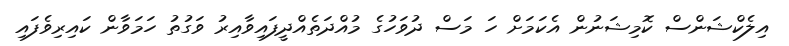
އިލެކްޝަންސް ކޮމިޝަނުން އެކަމަށް ހަ މަސް ދުވަހުގެ މުއްދަތެއްދީފައިވާއިރު ވަގުތު ހަމަވާން ކައިރިވެފައި